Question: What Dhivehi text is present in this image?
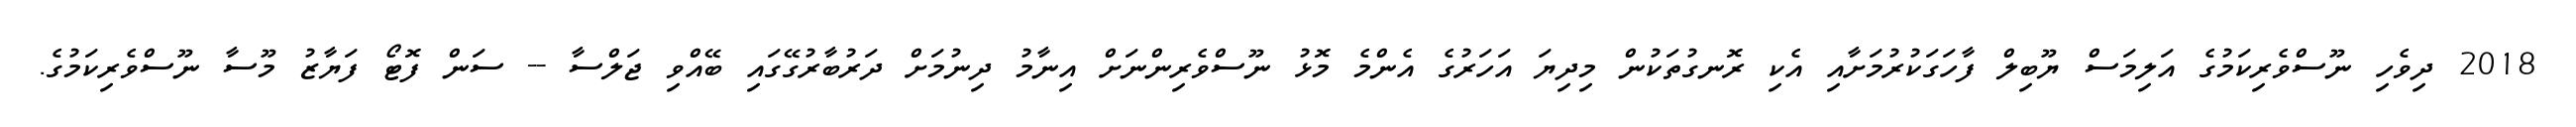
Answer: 2018 ދިވެހި ނޫސްވެރިކަމުގެ އަލިމަސް ޔޫބިލް ފާހަގަކުރުމަށާއި އެކި ރޮނގުތަކުން މިދިޔަ އަހަރުގެ އެންމެ މޮޅު ނޫސްވެރިންނަށް އިނާމު ދިނުމަށް ދަރުބާރުގޭގައި ބޭއްވި ޖަލްސާ -- ސަން ފޮޓޯ ފަޔާޒު މޫސާ ނޫސްވެރިކަމުގެ.